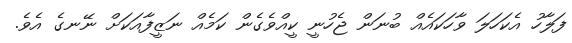
ފަލާހު އެކަހަލަ ވާހަކައެއް ބުނަން ޖެހުނީ ކީއްވެގެން ކަމެއް ނަޒީފާއަކަށް ނޭނގެ އެވެ.